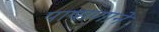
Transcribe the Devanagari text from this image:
पाषाणाने